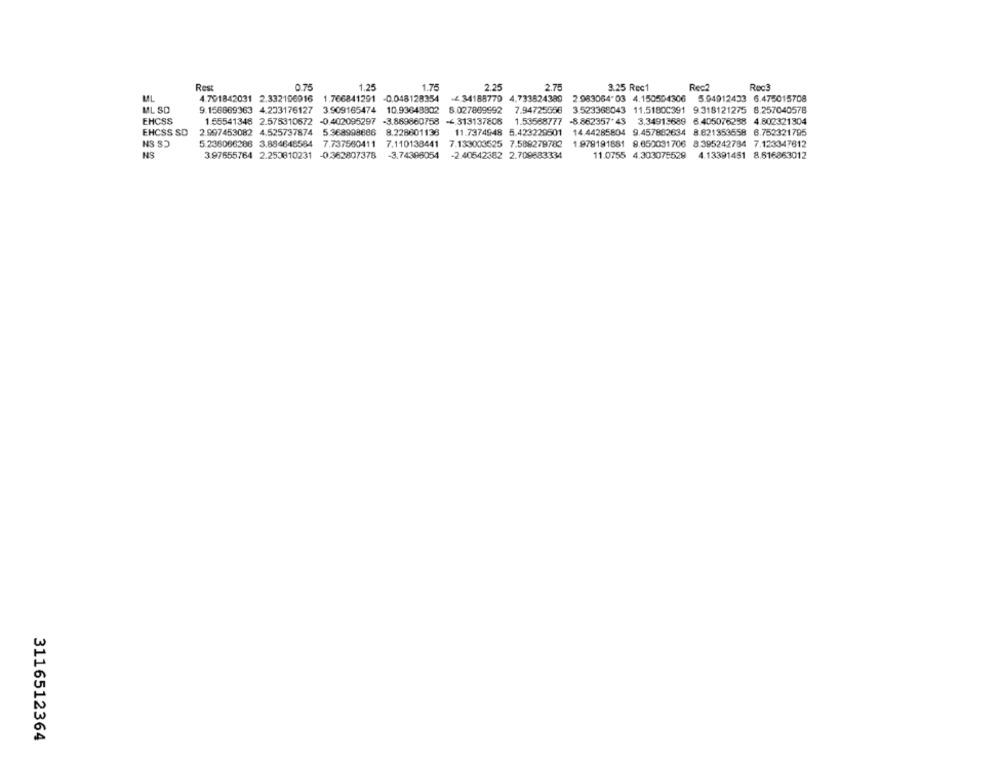
Rest
0.7
1.25
1.75
2.25
2.75
3.25 Rec1
Rec?
RecÊ
ML
4.701842031 2.332106916
1.766841291 -0.048128354
- 34185770 4.733524389
2.983064" 03 4.150594306 594912433 6.475015708
ML SD
9.156669363 4.233176127 3.909165474 10.93648802
8.027899992
7.94725558
3.523368043 11.5180C391 9.318121275 8.257040578
EHCSS
1.55541348 2.575310672 -0.402095297
-3.889860758
-4.313137808
1.53568777
-8.862357*43 3.34913689 6.405076298 4.802321304
EHCSS SD
2.997453082 4.525737874 5.368908886
8.228601138
11.7374948 5.423229501
14.44285804 9.457882634 8 821353558 6.752321795
5.236066286 3.884645584
7.737580411 7.110138441 7.133003525 7.588279782
1.978191881 9.650031706 8.395242784 7.123347612
NS
3.97655764 2.250810231 -0.362807378
-3.74306054
-2.40542382 2.709683334
11.0755 4.303075529
4.13391481 8.616863012
3116512364